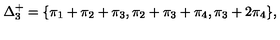
\Delta _ { 3 } ^ { + } = \{ \pi _ { 1 } + \pi _ { 2 } + \pi _ { 3 } , \pi _ { 2 } + \pi _ { 3 } + \pi _ { 4 } , \pi _ { 3 } + 2 \pi _ { 4 } \} ,